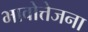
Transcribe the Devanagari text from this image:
भावोत्तेजना